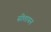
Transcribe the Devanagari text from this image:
सीतायन